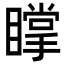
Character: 𥋇